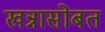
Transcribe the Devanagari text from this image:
खन्नासोबत